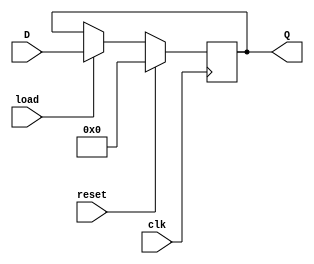
`timescale 1ns / 1ps
//////////////////////////////////////////////////////////////////////////////////
// Student: Tawseef Patel 101145333
// 
// Design Name: Lab 6_1_1.v
// Module Name: register_sync_res_load
// Project Name: Lab 6_1_1
//
//////////////////////////////////////////////////////////////////////////////////

module register_sync_res_load (
    input [3:0] D,
    input clk, load, reset,
    output reg [3:0] Q
);
    always @(posedge clk) begin
        if(reset)
            begin
                Q <= 4'b0;
            end 
        else if (load) 
            begin
                Q <= D;
            end
    end
endmodule